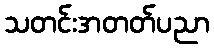
သတင်းအတတ်ပညာ